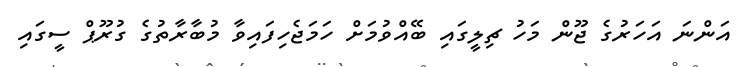
އަންނަ އަހަރުގެ ޖޫން މަހު ޗިލީގައި ބޭއްވުމަށް ހަމަޖެހިފައިވާ މުބާރާތުގެ ގުރޫޕް ސީގައި